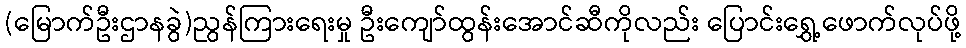
(မြောက်ဦးဌာနခွဲ)ညွန်ကြားရေးမှု ဦးကျော်ထွန်းအောင်ဆီကိုလည်း ပြောင်းရွှေ့ဖောက်လုပ်ဖို့